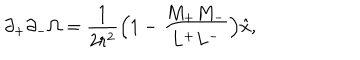
LaTeX: \partial _ { + } \partial _ { - } \Omega = \frac { 1 } { 2 r ^ { 2 } } \Bigl ( 1 - \frac { M _ { + } M _ { - } } { L ^ { + } L ^ { - } } \Bigr ) \hat { x } ,